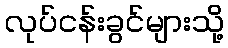
လုပ်ငန်းခွင်များသို့